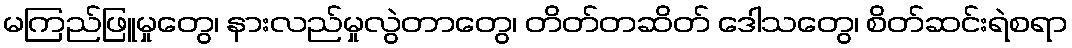
မကြည်ဖြူမှုတွေ၊ နားလည်မှုလွဲတာတွေ၊ တိတ်တဆိတ် ဒေါသတွေ၊ စိတ်ဆင်းရဲစရာ